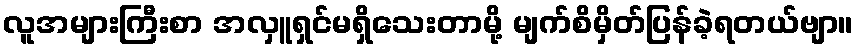
လူအများကြီးစာ အလှူရှင်မရှိသေးတာမို့ မျက်စိမှိတ်ပြန်ခဲ့ရတယ်ဗျာ။